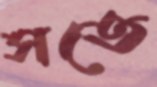
সতে